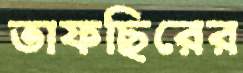
তাফছিরের